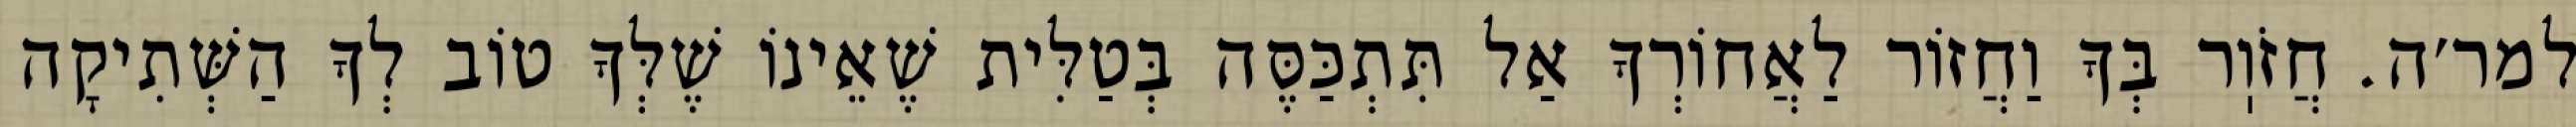
למר׳ה. חֲזֹוֽר בְּךָ וַחֲזוֹר לַאֲחוֹרְךָ אַל תִּתְכַּסֶּה בְּטַלִּית שֶׁאֵינוֹ שֶׁלְּךָ טוֹב לְךָ הַשְּׁתִיקָה